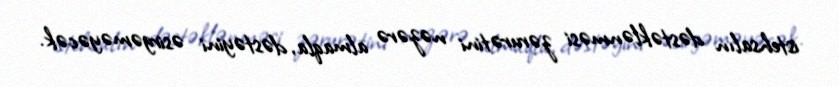
istehsalın dəstəklənməsi zərurətini nəzərə almaqla, dəstəyini əsirgəməyəcək.